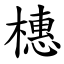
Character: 橞